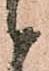
被